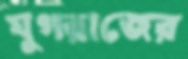
যুগরাজের